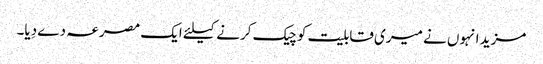
مزید انہوں نے میری قابلیت کو چیک کرنے کیلئے ایک مصرعہ دے دِیا۔